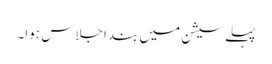
پہلے سیشن میں بند اجلاس ہوا۔